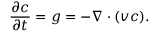
\frac { \partial c } { \partial t } = g = - \nabla \cdot ( \boldsymbol { v } c ) .